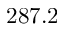
2 8 7 . 2